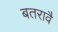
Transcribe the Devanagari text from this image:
बतरावै